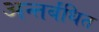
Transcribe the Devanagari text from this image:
अन्तर्बंधित